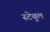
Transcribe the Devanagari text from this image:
स्टेबुल